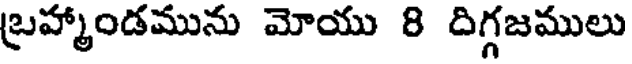
బ్రహ్మాండమును మోయు 8 దిగ్గజములు